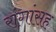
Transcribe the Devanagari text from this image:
रांगांसह